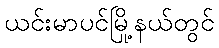
ယင်းမာပင်မြို့နယ်တွင်